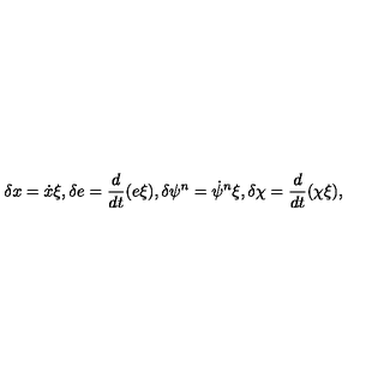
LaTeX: \delta x = \dot { x } \xi , \delta e = \frac { d } { d t } ( e \xi ) , \delta \psi ^ { n } = \dot { \psi } ^ { n } \xi , \delta \chi = \frac { d } { d t } ( \chi \xi ) ,